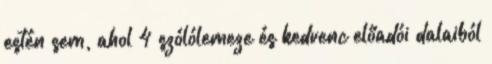
estén sem, ahol 4 szólólemeze és kedvenc előadói dalaiból